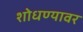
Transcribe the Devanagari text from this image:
शोधण्यावर